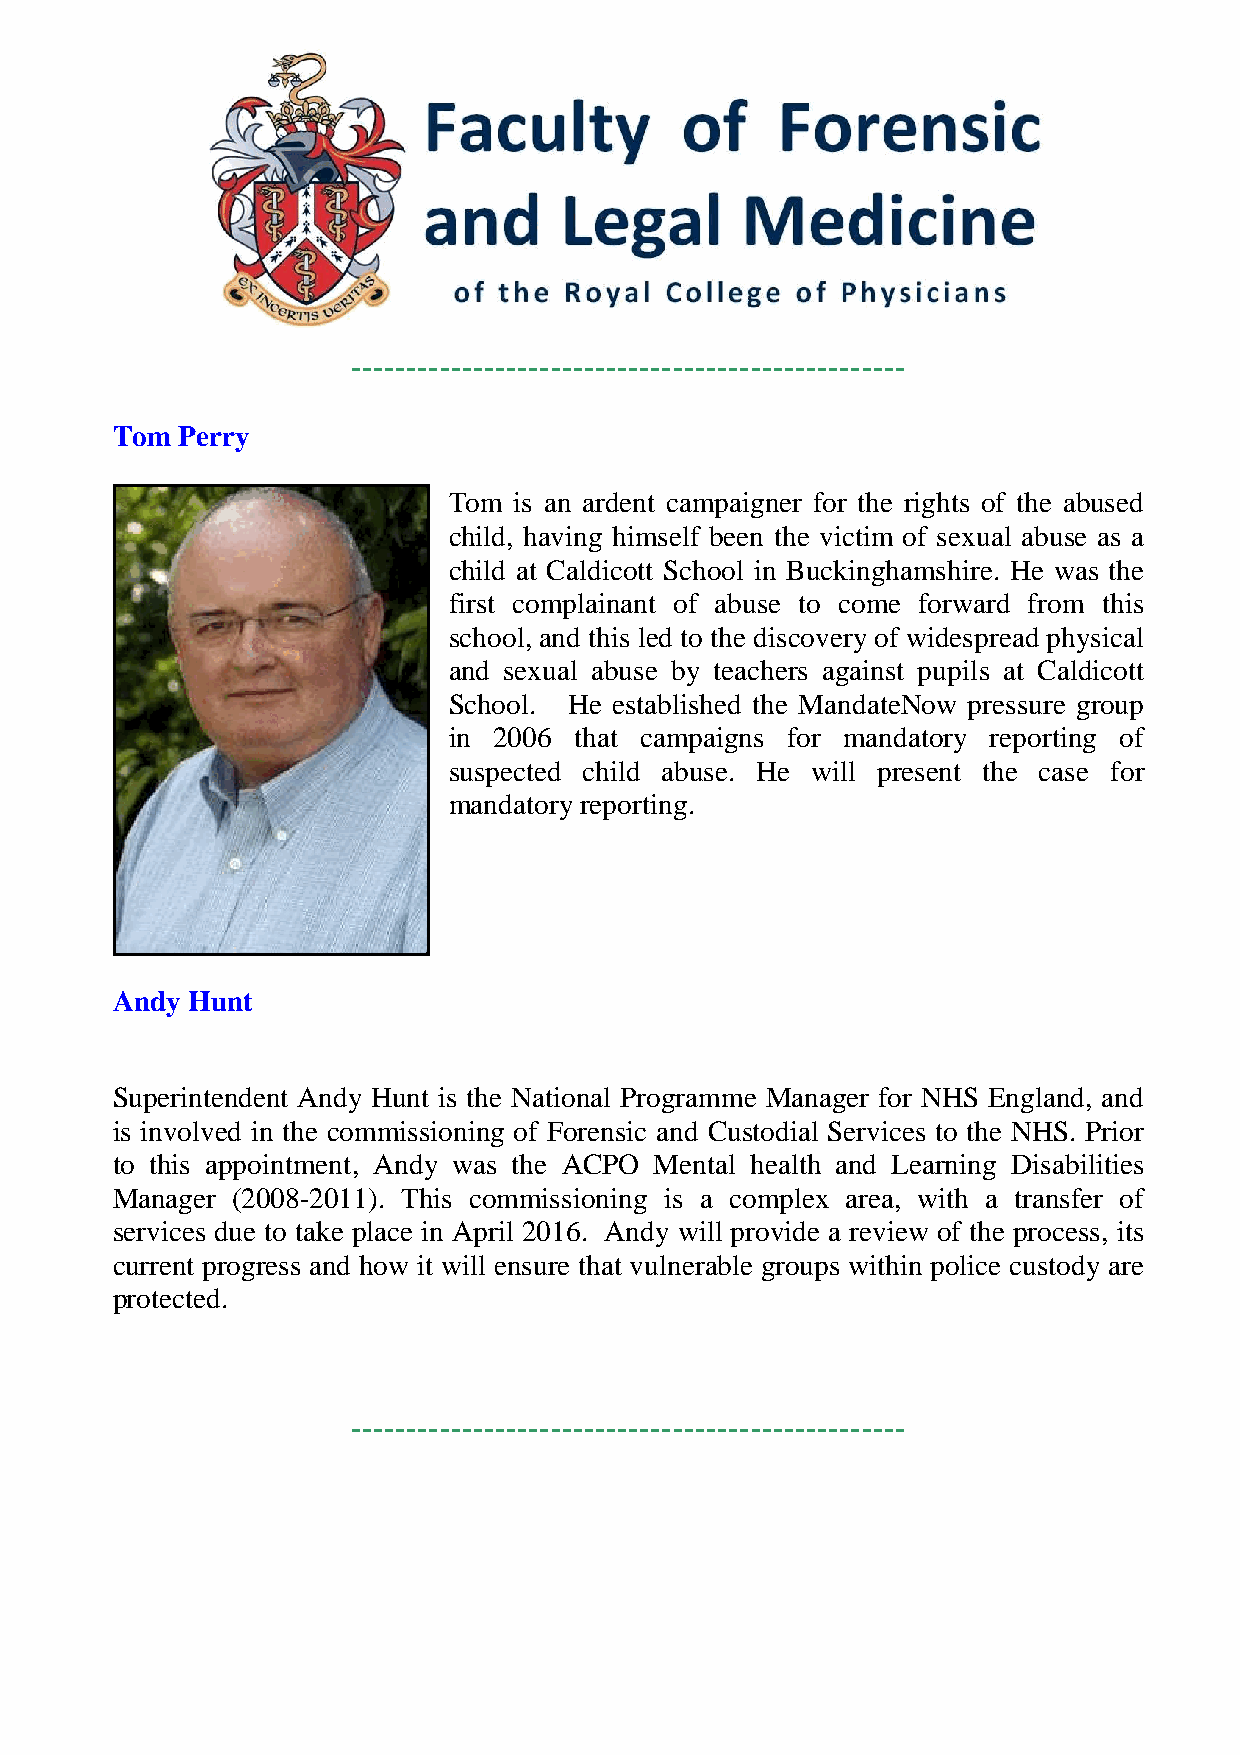
--------------------------------------------------
 Tom  Perry
 Tom is an ardent campaigner for the rights of the abused
 child, having himself been the victim of sexual abuse as a
 child at Caldicott School in Buckinghamshire. He was the
 first complainant of abuse to come forward from this
 school, and this led to the discovery of widespread physical
 and sexual abuse by teachers against pupils at Caldicott
 School. He established the MandateNow pressure group
 in 2006 that campaigns for mandatory reporting of
 suspected child abuse. He will present the case for
 mandatory reporting.
 Andy Hunt
 Superintendent Andy Hunt is the National Programme Manager for NHS England, and
 is involved in the commissioning of Forensic and Custodial Services to the NHS. Prior
 to this appointment, Andy was the ACPO Mental health and Learning Disabilities
 Manager (2008-2011). This commissioning is a complex area, with a transfer of
 services due to take place in April 2016. Andy will provide a review of the process, its
 current progress and how it will ensure that vulnerable groups within police custody are
 protected.
 --------------------------------------------------